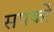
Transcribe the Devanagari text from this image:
सपर्को